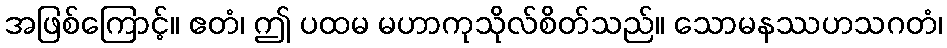
အဖြစ်ကြောင့်။ ဧတံ၊ ဤ ပထမ မဟာကုသိုလ်စိတ်သည်။ သောမနဿဟသဂတံ၊